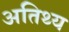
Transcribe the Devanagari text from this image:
अतिथ्य